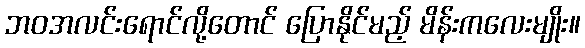
ဘဝအလင်းရောင်လို့တောင် ပြောနိုင်မည့် မိန်းကလေးမျိုး။